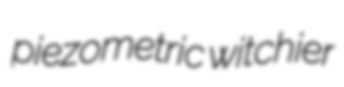
piezometric witchier